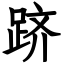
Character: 跻